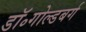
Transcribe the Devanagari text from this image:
डॉ॰गोल्डबर्ग